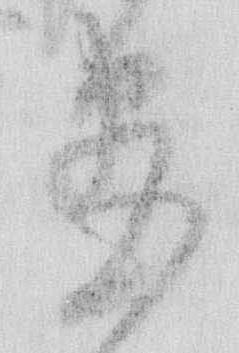
尽